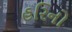
હરિનો